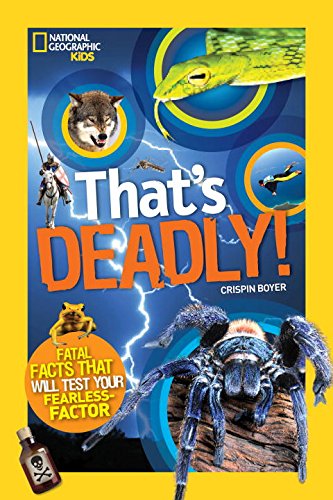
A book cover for That's Deadly: Fatal Facts That Will Test Your Fearless Factor (National Geographic Kids); Crispin Boyer; Children's Books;